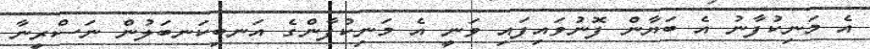
އެ މަނިކުފާނު އެ ބަޔާން ފޮނުވައިފައި ވަނީ އެ މަނިކުފާންގެ އަނބިކަނބަލުން ނަސްރީނާ